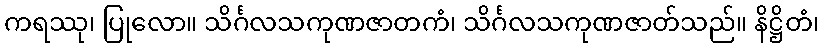
ကရဿု၊ ပြုလော။ သိင်္ဂလသကုဏဇာတကံ၊ သိင်္ဂလသကုဏဇာတ်သည်။ နိဋ္ဌိတံ၊